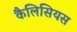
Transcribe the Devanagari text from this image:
कैलिसियस